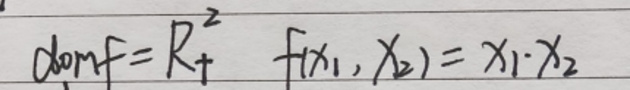
$domf = \mathbb{R}_+^2\quad f(x_1,x_2)=x_1\cdot x_2$